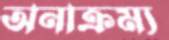
অনাক্রম্য